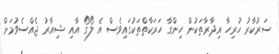
ސަރުކާރު ހުރިހާ އިދާރާތަކުން ހިންގާ ހަރަކާތްތަކުގައިވެސް އެ ލޯގޯ އާއި ޝިއާރު ޖެއްސެވުމަށް